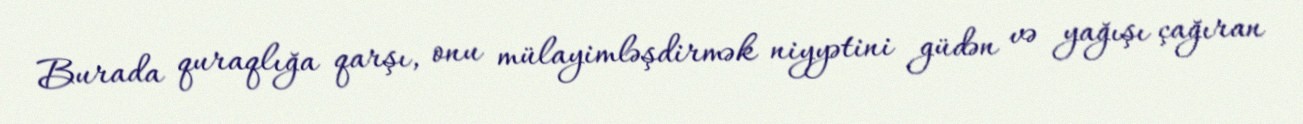
Burada quraqlığa qarşı, onu mülayimləşdirmək niyyətini güdən və yağışı çağıran